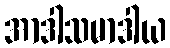
အာဒါသမာဒါယ